Annual administration report of the Civil Veterinary Department of India - 1898-1899
Year: 1898
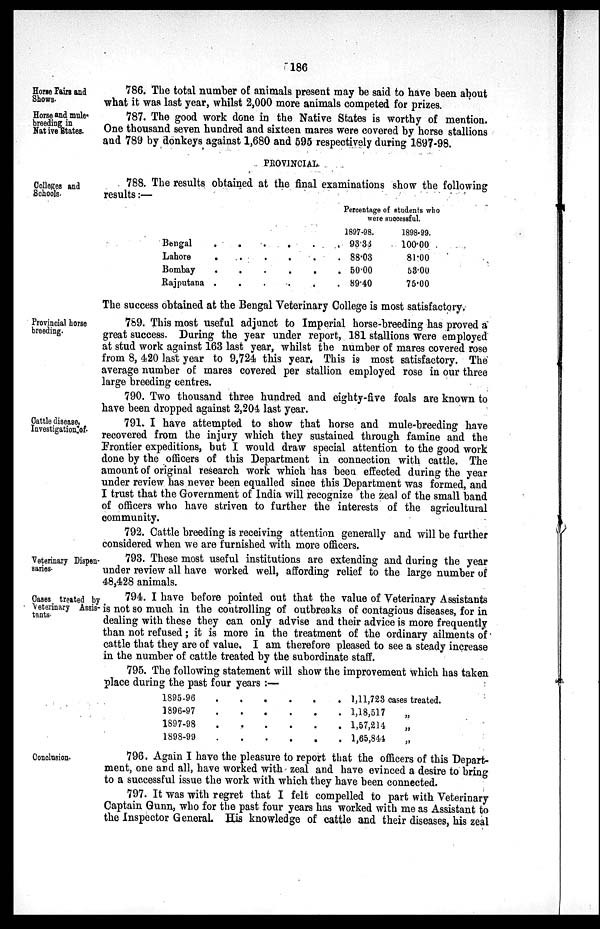
186
Horse Fairs and
Shows.
786. The total number of animals present may be said to have been about
what it was last year, whilst 2,000 more animals competed for prizes.
Horse and mule¬
breeding in
Native States.
787. The good work done in the Native States is worthy of mention.
One thousand seven hundred and sixteen mares were covered by horse stallions
and 789 by donkeys against 1,680 and 595 respectively during 1897-98.
PROVINCIAL.
Colleges and
Schools.
788. The results obtained at the final examinations show the following
results:—
Bengal . . . . . . . .
Lahore . . . . . . . .
Bombay . . . . . . . .
Rajputana . . . . . . . .
Percentage of students who
were successful.
1897-98.
93.33
88.03
50.00
89.40
1898-99.
100.00
81.00
58.00
75.00
The success obtained at the Bengal Veterinary College is most satisfactory.
Provincial horse
breeding.
789. This most useful adjunct to Imperial horse-breeding has proved a
great success. During the year under report, 181 stallions were employed
at stud work against 163 last year, whilst the number of mares covered rose
from 8, 420 last year to 9,724 this year. This is most satisfactory. The
average number of mares covered per stallion employed rose in our three
large breeding centres.
790. Two thousand three hundred and eighty-five foals are known to
have been dropped against 2,204 last year.
Cattle disease,
Investigation of.
791. I have attempted to show that horse and mule-breeding have
recovered from the injury which they sustained through famine and the
Frontier expeditions, but I would draw special attention to the good work
done by the officers of this Department in connection with cattle. The
amount of original research work which has been effected during the year
under review has never been equalled since this Department was formed, and
I trust that the Government of India will recognize the zeal of the small band
of officers who have striven to further the interests of the agricultural
community.
792. Cattle breeding is receiving attention generally and will be further
considered when we are furnished with more officers.
Veterinary Dispen-
saries.
793. These most useful institutions are extending and during the year
under review all have worked well, affording relief to the large number of
48,428 animals.
Cases treated by
Veterinary Assis-
tants.
794. I have before pointed out that the value of Veterinary Assistants
is not so much in the controlling of outbreaks of contagious diseases, for in
dealing with these they can only advise and their advice is more frequently
than not refused; it is more in the treatment of the ordinary ailments of
cattle that they are of value. I am therefore pleased to see a steady increase
in the number of cattle treated by the subordinate staff.
795. The following statement will show the improvement which has taken
place during the past four years :—
1895-96 . . . . . .
1896-97 . . . . . .
1897-98 . . . . . .
1898-99 . . . . . .
1,11,723 cases treated.
1,18,517
„
1,57,214
„
1,65,844 „
Conclusion.
796. Again I have the pleasure to report that the officers of this Depart-
ment, one and all, have worked with zeal and have evinced a desire to bring
to a successful issue the work with which they have been connected.
797. It was with regret that I felt compelled to part with Veterinary
Captain Gunn, who for the past four years has worked with me as Assistant to
the Inspector General. His knowledge of cattle and their diseases, his zeal